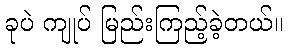
ခုပဲ ကျုပ် မြည်းကြည့်ခဲ့တယ်။